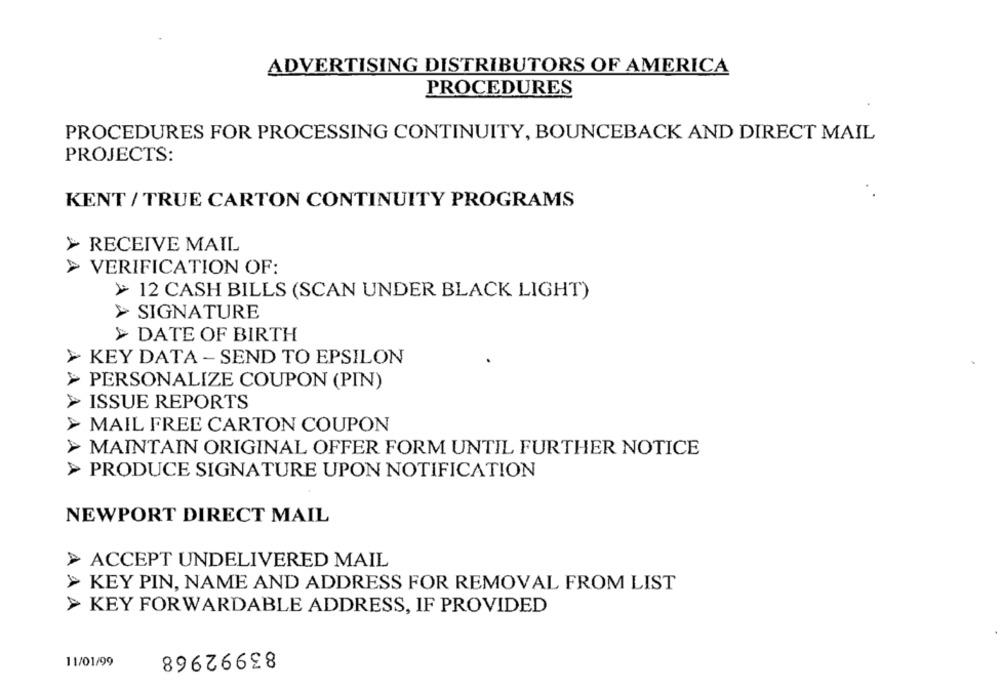
ADVERTISING DISTRIBUTORS OF AMERICA
PROCEDURES
PROCEDURES FOR PROCESSING CONTINUITY, BOUNCEBACK AND DIRECT MAIL
PROJECTS:
KENT / TRUE CARTON CONTINUITY PROGRAMS
RECEIVE MAIL
VERIFICATION OF:
> 12 CASH BILLS (SCAN UNDER BLACK LIGHT)
> SIGNATURE
> DATE OF BIRTH
KEY DATA - SEND TO EPSILON
> PERSONALIZE COUPON (PIN)
> ISSUE REPORTS
> MAIL FREE CARTON COUPON
> MAINTAIN ORIGINAL OFFER FORM UNTIL FURTHER NOTICE
> PRODUCE SIGNATURE UPON NOTIFICATION
NEWPORT DIRECT MAIL
> ACCEPT UNDELIVERED MAIL
>> KEY PIN, NAME AND ADDRESS FOR REMOVAL FROM LIST
> KEY FORWARDABLE ADDRESS, IF PROVIDED
83992968
11/01/99